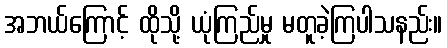
အဘယ်ကြောင့် ထိုသို့ ယုံကြည်မှု မတူခဲ့ကြပါသနည်း။